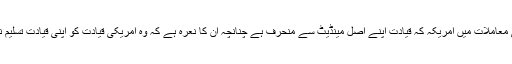
یہ پارٹی پرامن جدوجہد پر یقین رکھتی ہے اور اس کا خیال ہے کہ عالمی معاملات میں امریکہ کہ قیادت اپنے اصل مینڈیٹ سے منحرف ہے چنانچہ ان کا نعرہ ہے کہ وہ امریکی قیادت کو اپنی قیادت تسلیم نہیں کرتے اور امریکہ کی جنگوں کو بھی اپنی جنگیں تصور نہیں کرتے۔